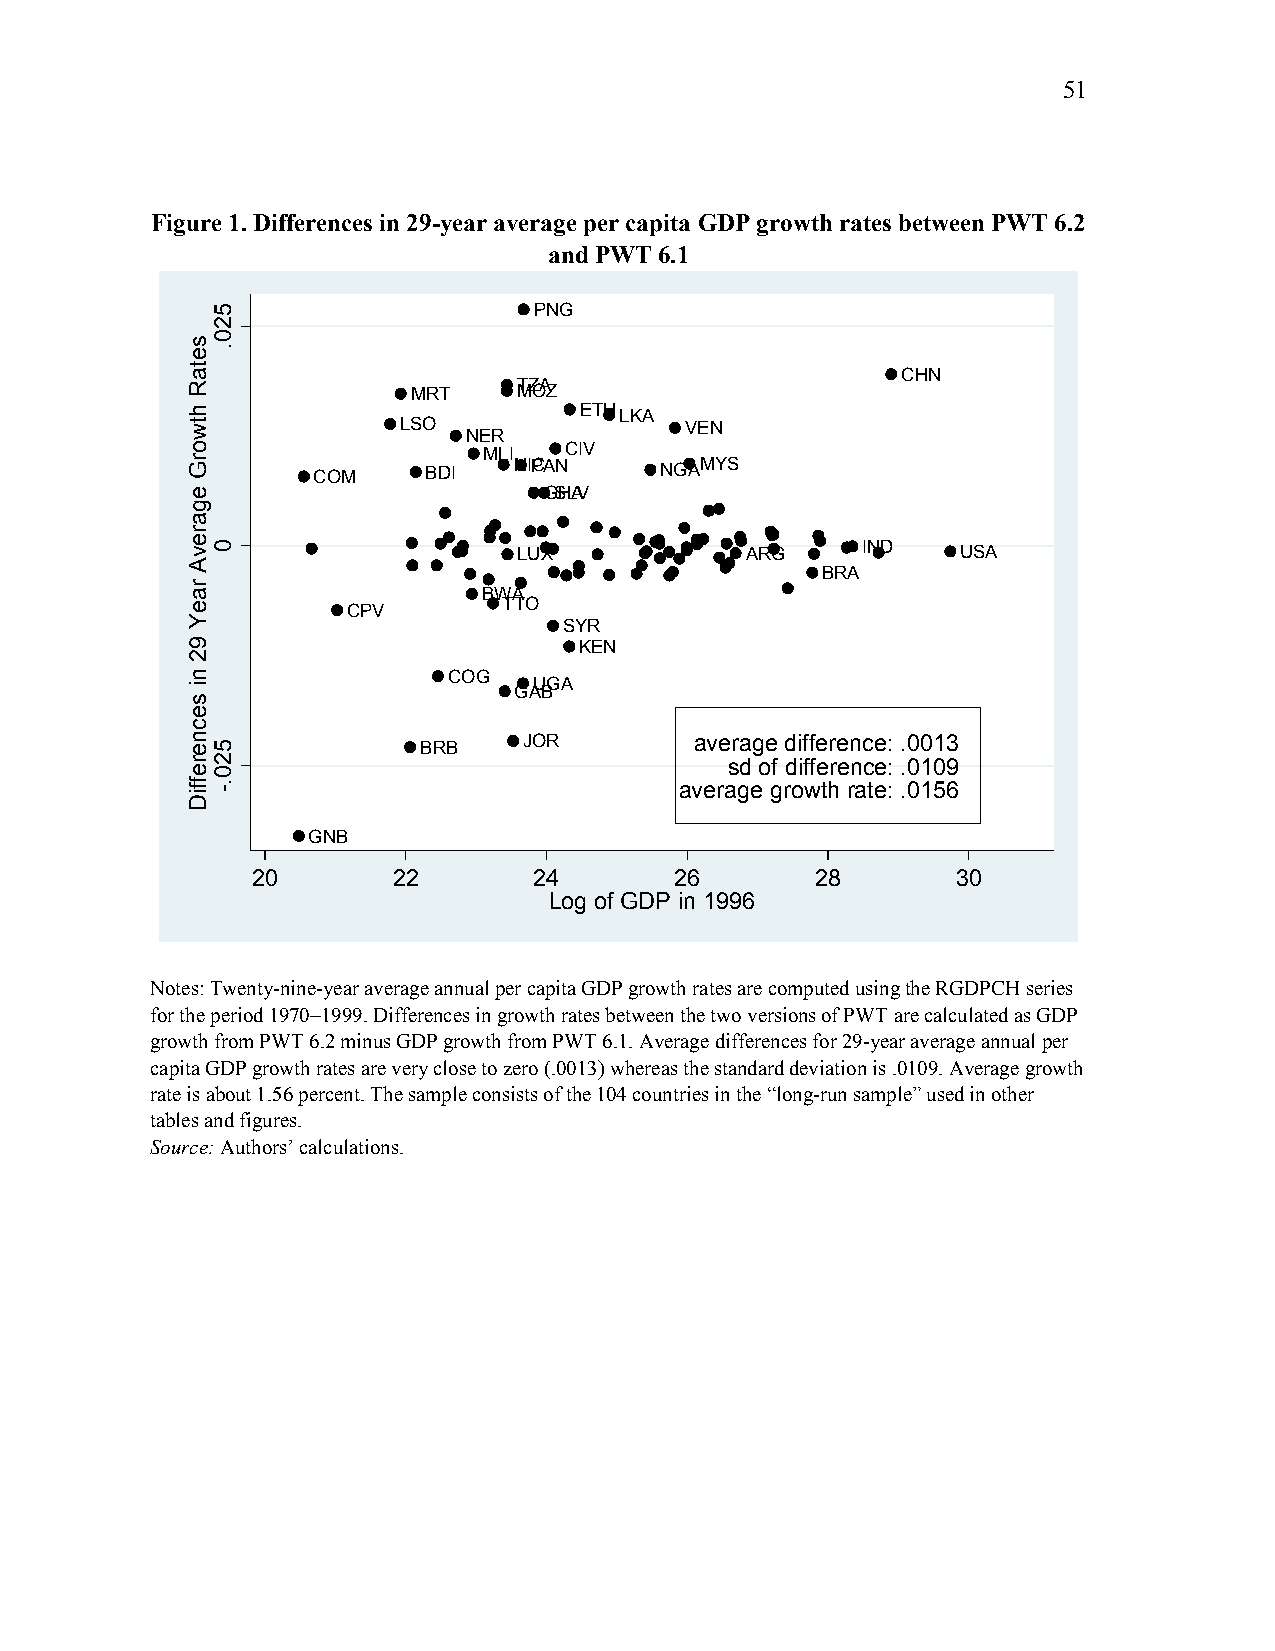
51
 Figure 1. Differences in 29-year average per capita GDP growth rates between PWT 6.2
 and PWT 6.1
 PNG
 CHN
 MRT
 MTZOAZ
 ETHLKA
 LSO                VEN
 NER
 MLI  CIV
 COM    BDI
 NIPCAN    NGAMYS
 GSHLAV
 LUX            ARG     IND    USA
 BRA
 BWA
 TTO
 CPV
 SYR
 KEN
 COG
 UGA
 GAB
 BRB    JOR        average difference: .0013
 sd of difference: .0109
 average growth rate: .0156
 GNB
 20       22       24        26       28       30
 Log of GDP in 1996
 Notes: Twenty-nine-year average annual per capita GDP growth rates are computed using the RGDPCH series
 for the period 1970–1999. Differences in growth rates between the two versions of PWT are calculated as GDP
 growth from PWT 6.2 minus GDP growth from PWT 6.1. Average differences for 29-year average annual per
 capita GDP growth rates are very close to zero (.0013) whereas the standard deviation is .0109. Average growth
 rate is about 1.56 percent. The sample consists of the 104 countries in the “long-run sample” used in other
 tables and figures.
 Source: Authors’ calculations.
 setaR
 htworG
 egarevA
 raeY
 92
 ni
 secnereffiD
 520.
 0
 520.-